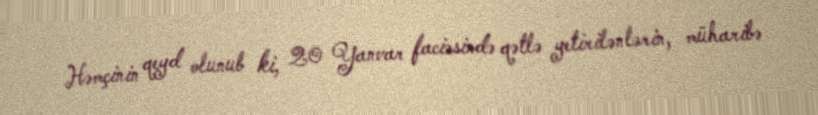
Həmçinin qeyd olunub ki, 20 Yanvar faciəsində qətlə yetirilənlərin, müharibə